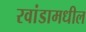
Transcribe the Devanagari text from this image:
रवांडामधील